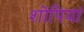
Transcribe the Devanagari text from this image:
शोपियां